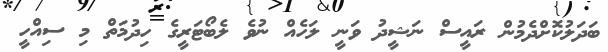
ބަދަލުކޮށްދެމުން ރައީސް ނަޝީދު ވަނީ ލަހެއް ނުވެ ލެބޯޓަރީގެ ހިދުމަތް މި ސިއްހީ